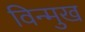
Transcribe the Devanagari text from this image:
विन्‍मुख